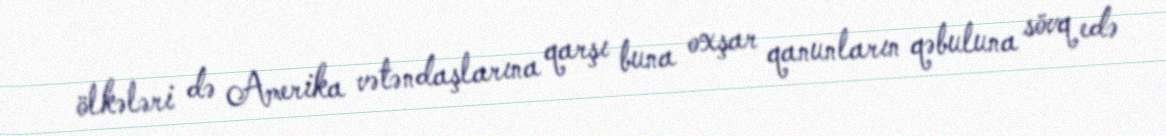
ölkələri də Amerika vətəndaşlarına qarşı buna oxşar qanunların qəbuluna sövq edə